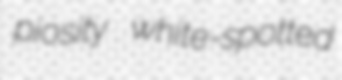
piosity white-spotted